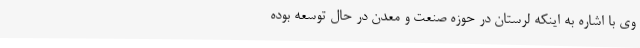
وی با اشاره به اینکه لرستان در حوزه صنعت و معدن در حال توسعه بوده